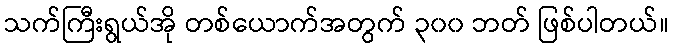
သက်ကြီးရွယ်အို တစ်ယောက်အတွက် ၃၀၀ ဘတ် ဖြစ်ပါတယ်။